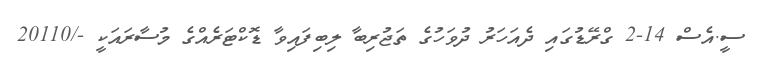
ސީ.އެސް 14-2 ގްރޭޑުގައި ދެއަހަރު ދުވަހުގެ ތަޖުރިބާ ލިބިފައިވާ ޑޮކްޓަރެއްގެ މުސާރައަކީ -/20110